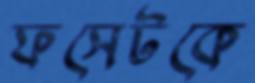
ফসেটকে